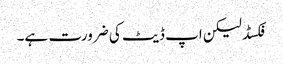
فکسڈ لیکن اپ ڈیٹ کی ضرورت ہے۔